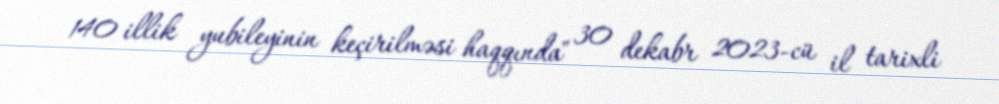
140 illik yubileyinin keçirilməsi haqqında" 30 dekabr 2023-cü il tarixli